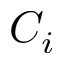
C _ { i }